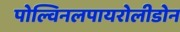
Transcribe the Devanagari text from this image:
पोल्विनलपायरोलीडोन